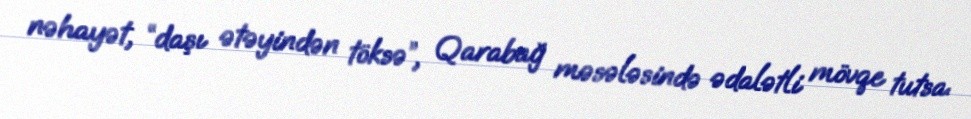
nəhayət, “daşı ətəyindən töksə”, Qarabağ məsələsində ədalətli mövqe tutsa.